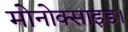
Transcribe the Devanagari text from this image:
मोनोक्साइड।